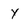
Character: Y